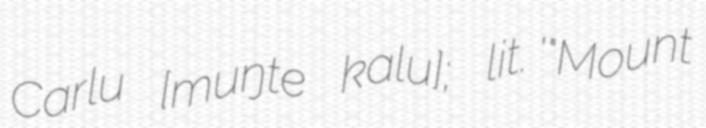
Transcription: Carlu [ˈmuŋte ˈkaɾlu]; lit. '"Mount